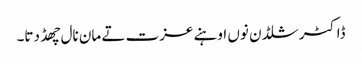
ڈاکٹر شلڈن نوں اوہنے عزت تے مان نال چھڈ دتا۔